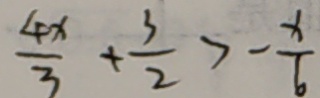
\frac { 4 x } { 3 } + \frac { 3 } { 2 } > - \frac { x } { 6 }